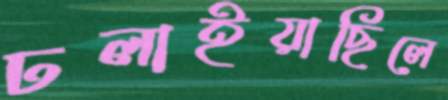
ঢলাইয়াছিলে